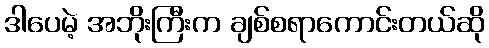
ဒါပေမဲ့ အဘိုးကြီးက ချစ်စရာကောင်းတယ်ဆို